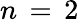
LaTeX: n\, =\, 2